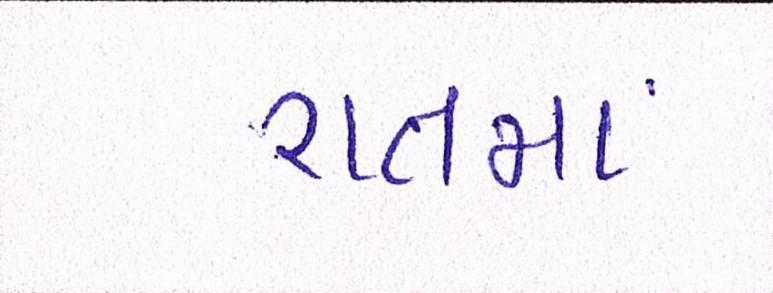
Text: રાતમાં